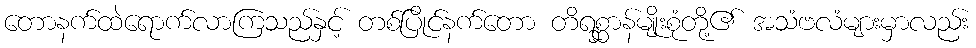
တောနက်ထဲရောက်လာကြသည်နှင့် တစ်ပြိုင်နက်တော တိရစ္ဆာန်မျိုးစုံတို့၏ အသံဗလံများမှာလည်း